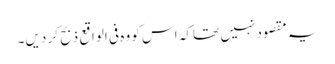
یہ مقصود نہیں تھا کہ اس کو وہ فی الواقع ذبح کر دیں۔